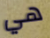
هي